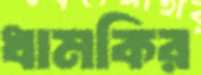
ধামকির